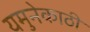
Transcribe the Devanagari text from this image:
यमुनेकाठी